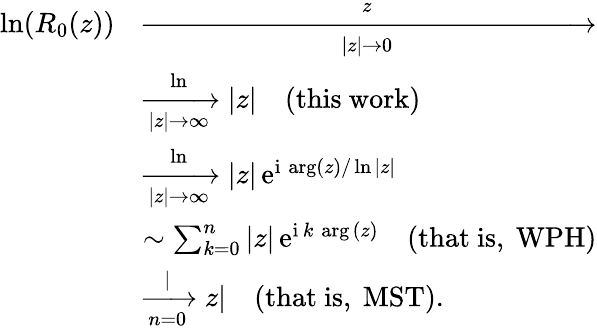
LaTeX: \begin{array}{rl}{\ln(R_{0}(z))}&{\xrightarrow[|z|\to 0]z}\\ &{\xrightarrow[|z|\to\infty]\ln|z|\quad\mathrm{(this~work)}}\\ &{\xrightarrow[|z|\to\infty]\ln|z|\, \mathrm{e}^{\mathrm{i}\, \arg(z)/\ln|z|}}\\ &{\sim\sum_{k=0}^{n}{|z|\, \mathrm{e}^{\mathrm{i}\, k\, \arg{(z)}}}\quad\mathrm{(that~is,~WPH)}}\\ &{\xrightarrow[n=0]|z|\quad\mathrm{(that~is,~MST)}.}\end{array}